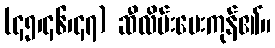
(၄၅၊၄၆၊၄၇) ဆီလိမ်းပေးကုန်၏။